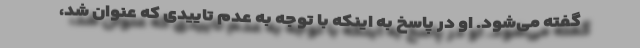
گفته می‌شود. او در پاسخ به اینکه با توجه به عدم تاییدی که عنوان شد،